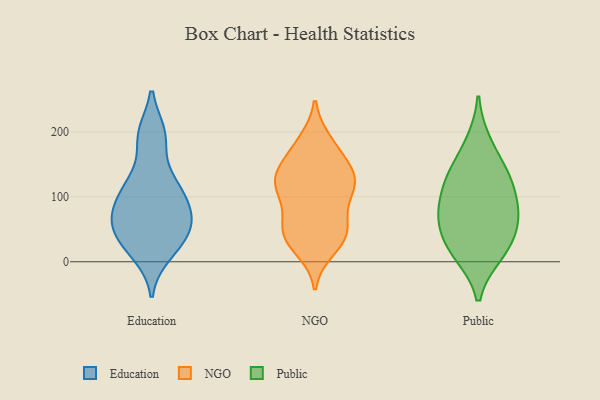
{"axis": {"x": "Website Visitors", "y": "Value"}, "legend": ["Education", "NGO", "Public"], "data": [{"x": "", "y": 195, "type": "Education"}, {"x": "", "y": 48, "type": "Education"}, {"x": "", "y": 196, "type": "Education"}, {"x": "", "y": 123, "type": "Education"}, {"x": "", "y": 194, "type": "Education"}, {"x": "", "y": 47, "type": "Education"}, {"x": "", "y": 21, "type": "Education"}, {"x": "", "y": 58, "type": "Education"}, {"x": "", "y": 105, "type": "Education"}, {"x": "", "y": 73, "type": "Education"}, {"x": "", "y": 12, "type": "Education"}, {"x": "", "y": 128, "type": "Education"}, {"x": "", "y": 90, "type": "Education"}, {"x": "", "y": 86, "type": "Education"}, {"x": "", "y": 23, "type": "Education"}, {"x": "", "y": 53, "type": "Education"}, {"x": "", "y": 64, "type": "Education"}, {"x": "", "y": 112, "type": "Education"}, {"x": "", "y": 185, "type": "NGO"}, {"x": "", "y": 136, "type": "NGO"}, {"x": "", "y": 127, "type": "NGO"}, {"x": "", "y": 179, "type": "NGO"}, {"x": "", "y": 135, "type": "NGO"}, {"x": "", "y": 45, "type": "NGO"}, {"x": "", "y": 20, "type": "NGO"}, {"x": "", "y": 102, "type": "NGO"}, {"x": "", "y": 55, "type": "NGO"}, {"x": "", "y": 168, "type": "NGO"}, {"x": "", "y": 122, "type": "NGO"}, {"x": "", "y": 43, "type": "NGO"}, {"x": "", "y": 73, "type": "NGO"}, {"x": "", "y": 100, "type": "NGO"}, {"x": "", "y": 37, "type": "NGO"}, {"x": "", "y": 129, "type": "NGO"}, {"x": "", "y": 124, "type": "NGO"}, {"x": "", "y": 36, "type": "NGO"}, {"x": "", "y": 129, "type": "Public"}, {"x": "", "y": 75, "type": "Public"}, {"x": "", "y": 135, "type": "Public"}, {"x": "", "y": 87, "type": "Public"}, {"x": "", "y": 183, "type": "Public"}, {"x": "", "y": 32, "type": "Public"}, {"x": "", "y": 127, "type": "Public"}, {"x": "", "y": 12, "type": "Public"}, {"x": "", "y": 59, "type": "Public"}, {"x": "", "y": 15, "type": "Public"}, {"x": "", "y": 73, "type": "Public"}]}